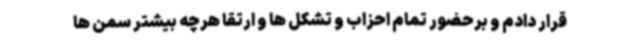
قرار دادم و برحضور تمام احزاب و تشکل ها و ارتقا هرچه بیشتر سمن ها